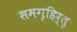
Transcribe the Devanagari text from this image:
समगृहिर्तृ